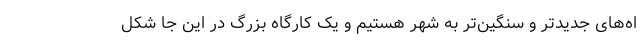
اه‌های جدیدتر و سنگین‌تر به شهر هستیم و یک کارگاه بزرگ در این جا شکل